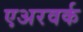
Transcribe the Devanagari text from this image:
एअरवर्क